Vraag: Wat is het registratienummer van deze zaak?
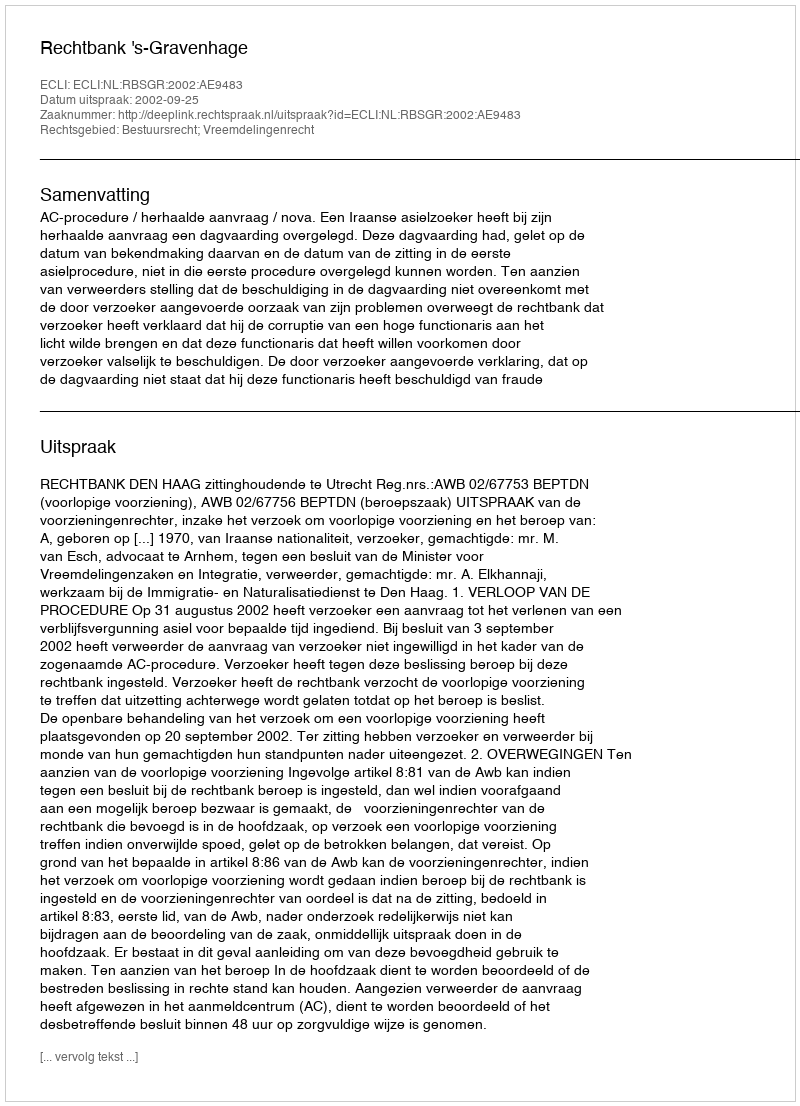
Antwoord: http://deeplink.rechtspraak.nl/uitspraak?id=ECLI:NL:RBSGR:2002:AE9483